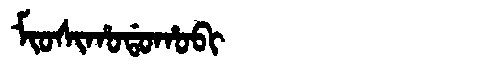
Manchu: ᠮᡳᠣᠰᡳᡥᠣᡩᠣᡥᠣᠪᡳ
Romanization: MIOSIHODOHOBI